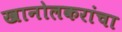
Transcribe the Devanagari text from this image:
खानोलकरांचा